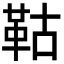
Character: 𩊉